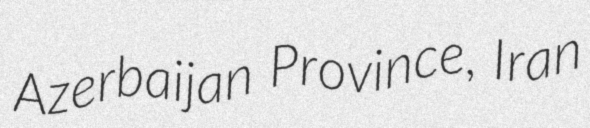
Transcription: Azerbaijan Province, Iran